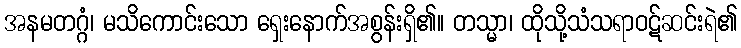
အနမတဂ္ဂံ၊ မသိကောင်းသော ရှေးနောက်အစွန်းရှိ၏။ တသ္မာ၊ ထိုသို့သံသရာဝဋ်ဆင်းရဲ၏